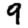
Digit: 9